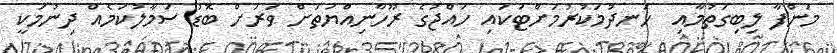
މަންފާ ލިބިގަތުމާއި  ހަނދުމަކުރުމަށްޓަކައި ހައްޖުގެ ރޫހާނިއްޔަތަށް ވަރަށް ބޮޑު ސަމާލުކަމެއް ދިނުމަކީ